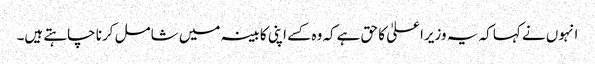
انہوں نے کہا کہ یہ وزیراعلیٰ کا حق ہےکہ وہ کسے اپنی کابینہ میں شامل کرنا چاہتے ہیں۔